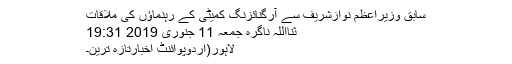
سابق وزیراعظم نوازشریف سے آرگنائزنگ کمیٹی کے رہنماؤں کی ملاقات
ثنااللہ ناگرہ جمعہ 11 جنوری 2019 19:31
لاہور(اردوپوائنٹ اخبارتازہ ترین۔